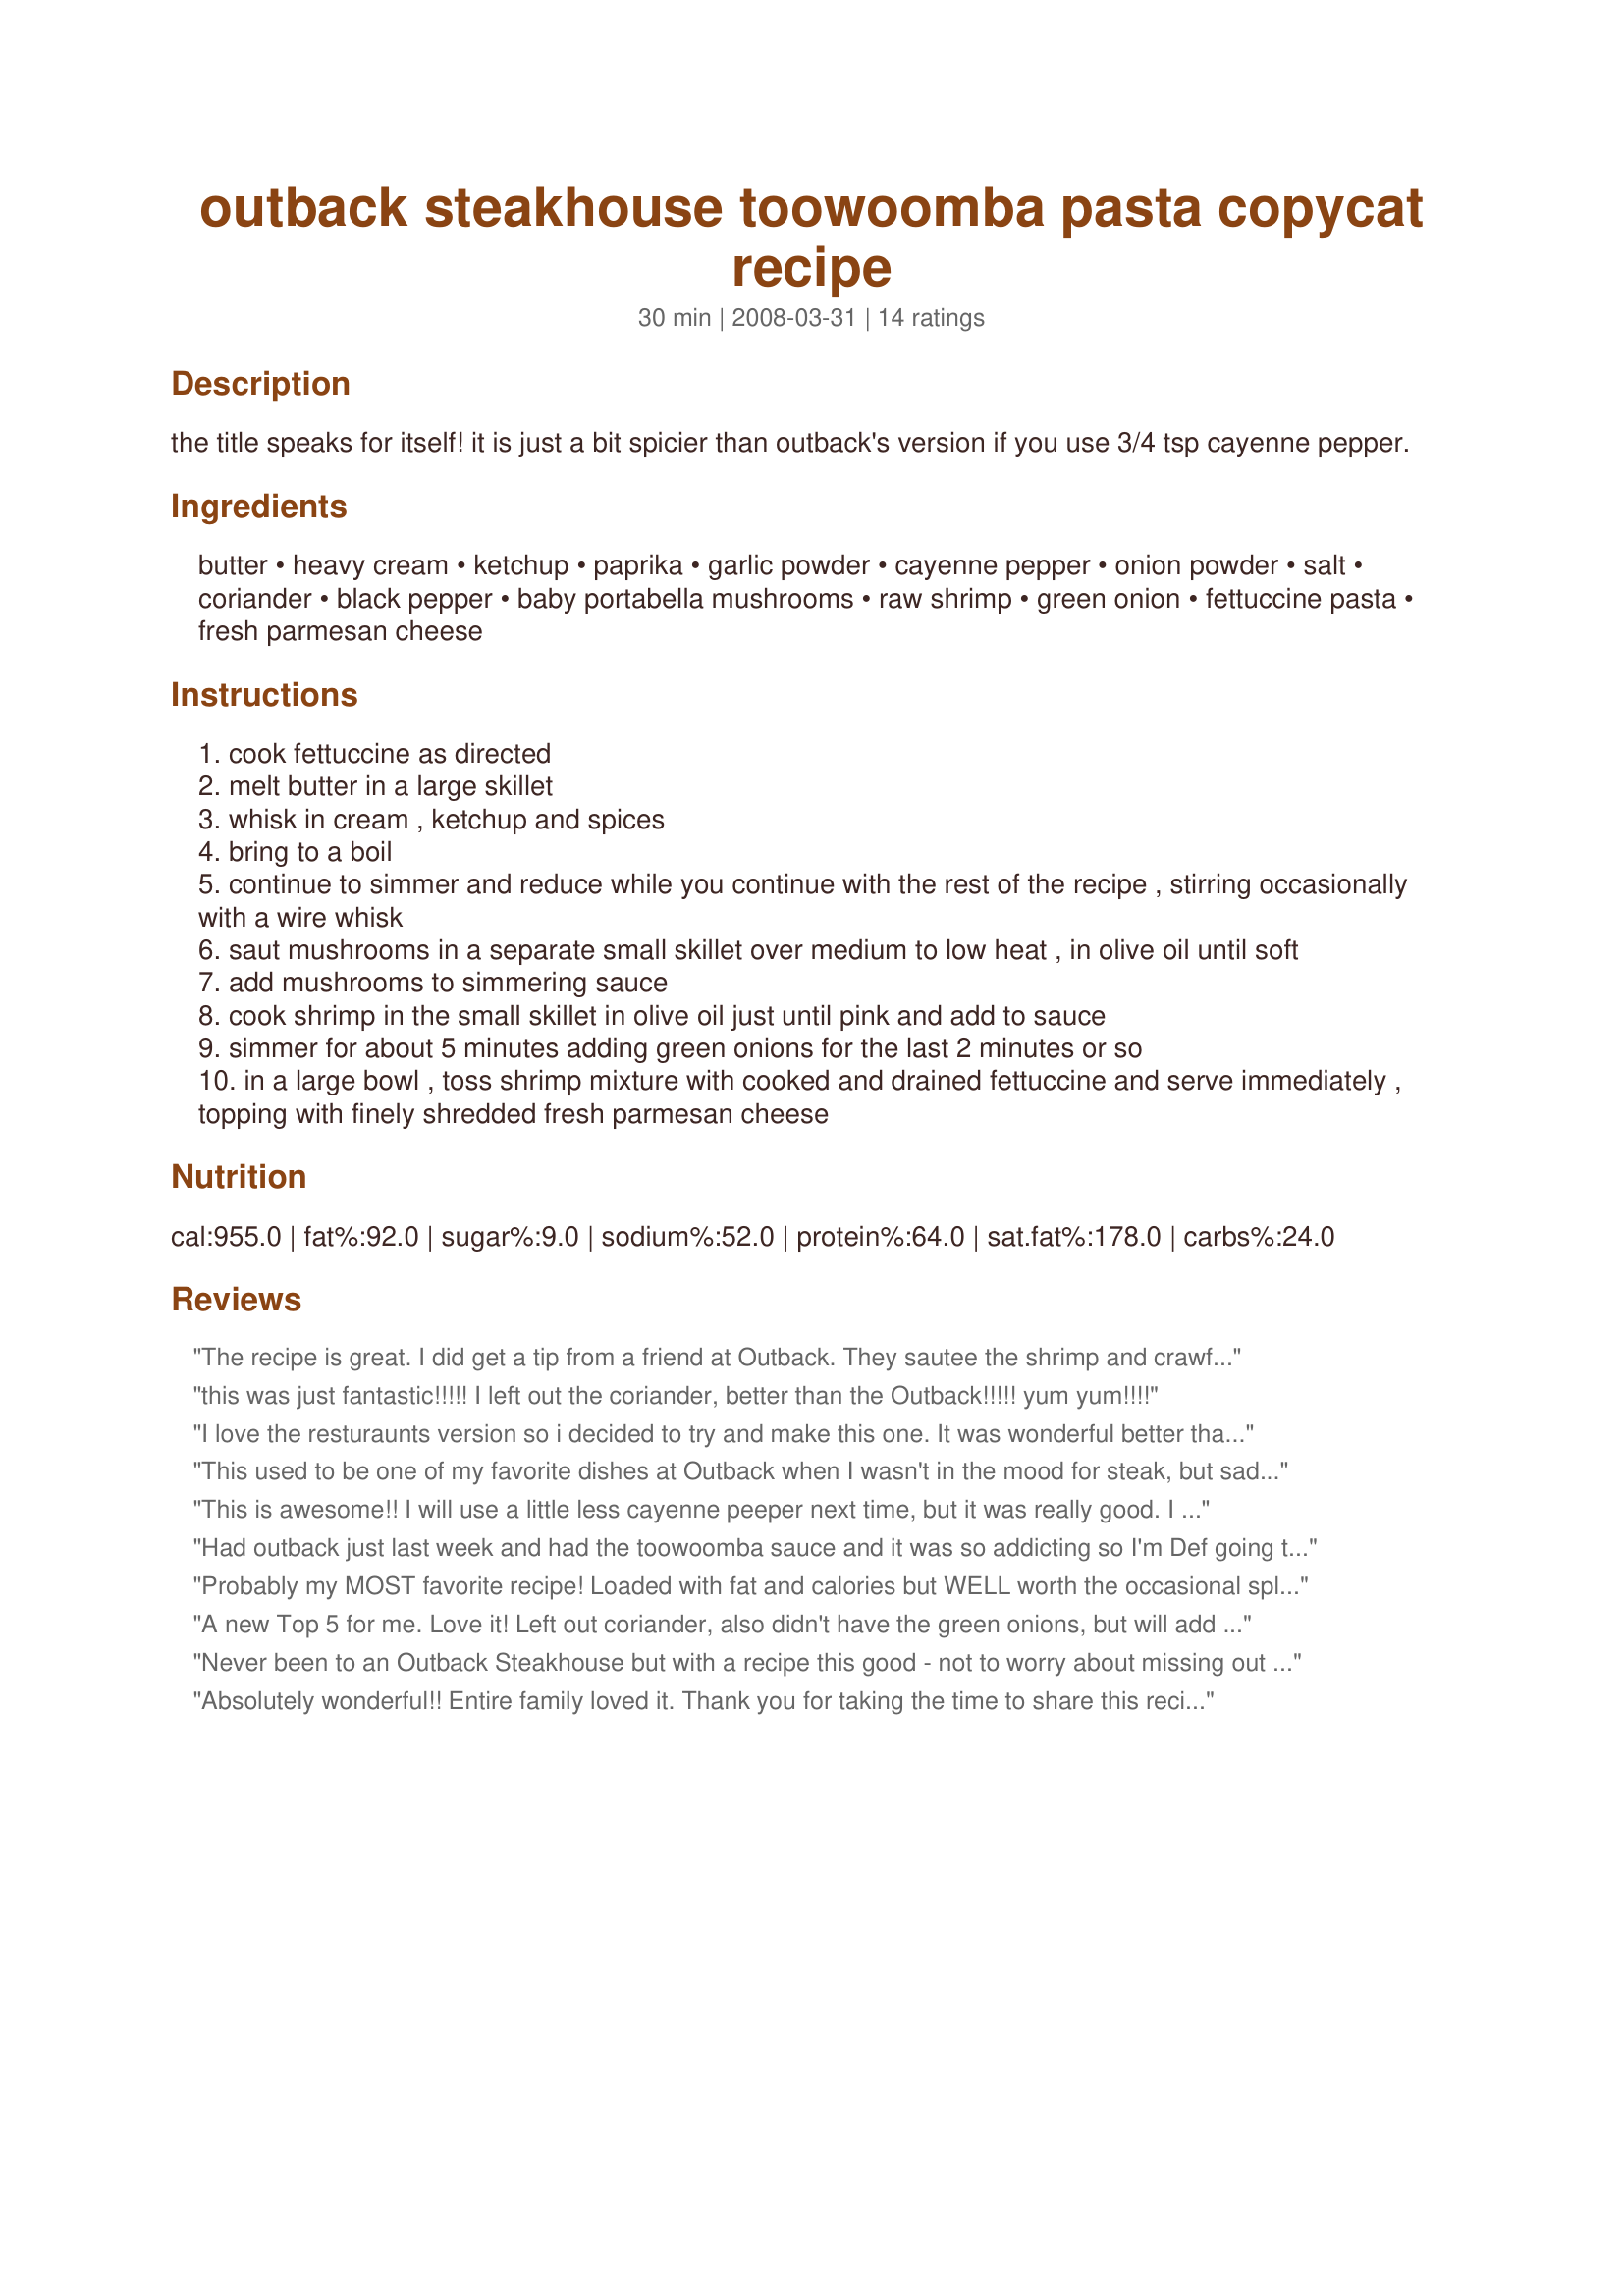
outback steakhouse toowoomba pasta copycat recipe
Preparation time: 30 minutes

the title speaks for itself! it is just a bit spicier than outback's version if you use 3/4 tsp cayenne pepper.

Ingredients:
butter, heavy cream, ketchup, paprika, garlic powder, cayenne pepper, onion powder, salt, coriander, black pepper, baby portabella mushrooms, raw shrimp, green onion, fettuccine pasta, fresh parmesan cheese

Steps:
cook fettuccine as directed
melt butter in a large skillet
whisk in cream , ketchup and spices
bring to a boil
continue to simmer and reduce while you continue with the rest of the recipe , stirring occasionally with a wire whisk
saut mushrooms in a separate small skillet over medium to low heat , in olive oil until soft
add mushrooms to simmering sauce
cook shrimp in the small skillet in olive oil just until pink and add to sauce
simmer for about 5 minutes adding green onions for the last 2 minutes or so
in a large bowl , toss shrimp mixture with cooked and drained fettuccine and serve immediately , topping with finely shredded fresh parmesan cheese

Reviews:
The recipe is great. I did get a tip from a friend at Outback. They sautee the shrimp and crawfish in butter and garlic.
this was just fantastic!!!!! I left out the coriander, better than the Outback!!!!! yum yum!!!!
I love the resturaunts version so i decided to try and make this one. It was wonderful better than i could ever have hoped for. My husband liked this one better than Outbacks, but i thought they were just about exact.
This used to be one of my favorite dishes at Outback when I wasn't in the mood for steak, but sadly it's been taken off the menu. Fortunately, I found this recipe before that happened and was able to verify that it matches the Outback version very closely.<br/><br/>In other words: It's delicious. The ketchup seems like a weird addition (and I hate ketchup), but it gives the sauce the right color and a little hint of tomato product without changing the fact that it's a cream sauce. For best taste, make sure you use a good quality mushroom like the suggested baby portobellos (cremini) mushrooms.<br/><br/>Many thanks for posting up this recipe! I just had our annual crawfish boil this weekend, and I've already got the leftover crawfish tails slated for a batch of Toowoomba pasta. ;)
This is awesome!! I will use a little less cayenne peeper next time, but it was really good. I really did think it was better than Outback as well.
Had outback just last week and had the toowoomba sauce and it was so addicting so I'm Def going to try this copy cat . The only thing that has me a bit nervous is when I read the recipe it says that most of the cream will boil down to a dark orange colour in which the one at outback was white and small tinge of yellow/orange. How can I keep it to that colour rather then the dark orange??? Thanks ever so much for this recipe and looking forward to any suggestions and or advice that would come from someone on the inside of outback steakhouse to help. From missy
Probably my MOST favorite recipe! Loaded with fat and calories but WELL worth the occasional splurge. This actually makes 6 to 8 good size servings, and best of all, it heats back up in the microwave the next day and still tastes delicious!!
A new Top 5 for me. Love it! Left out coriander, also didn't have the green onions, but will add next time. Thanx for the recipe. :)
Never been to an Outback Steakhouse but with a recipe this good - not to worry about missing out on anything! This is good! Other then using regular large mushrooms I made as posted. We love pasta - adding shrimp puts this one over the top at our house - we love shrimp too! Thank you for a Pasta recipe the whole family enjoyed.
Absolutely wonderful!! Entire family loved it. Thank you for taking the time to share this recipe with us.
Deeeeeelicious!
I'm very late to this party, but just had some leftover crawfish and remembered this pasta. Loved it when Outback had it. As someone who hates to have small amounts of items left in the fridge, I used the entire carton of cream (16 oz) and the full container of mushrooms. I only used 1/4 tsp of cayenne which was the perfect amount for my family. You tasted it, but you didn't feel it. I also added a couple of dashes of Worcestershire sauce. Definitely a splurge meal
I agree, too SPICY, but it was EXCELLENT!! just as great as outback's!
for those who doesnt like too spicy food, you should only use 1/2 tsp cayenne pepper,because with 3/4 it was still too spicy for my taste. those who do like spicy food you can go with 3/4. Im really thrilled about this recipie. GREATTT
I am from Toowoomba, Queensland, Australia. Thanks to the creator of this recipe, I just found out about this dish, and I have to say, I am really amazed. Why the heck is it named after Toowoomba? Our town has absolutely no connection to pasta. Actually, most people who settled around here were of German decent, so if anything, I would expect a German dish named after us. We aren&#039;t really associated with prawns (shrimp) either, as we aren&#039;t really close to the coast and good quality prawns are usually expensive. Also, Toowoomba is not even in the &quot;outback&quot;... it&#039;s a city in south east Queensland, only a small drive away from Brisbane. Many of us that live here have never even been to the outback... It&#039;s as much of a mystery to us as it is to you guys. Our food isn&#039;t really any more exotic than what American food is either. It&#039;s kind of ironic, because we used to have a Texan steakhouse in our town, and over there, you guys are eating &quot;Outback&quot; steak. I must thank the creator of this dish for making me aware of Outback Steakhouse. It gave me a great laugh.
